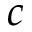
c